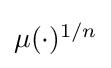
{\textstyle \mu (\cdot )^{1/n}}